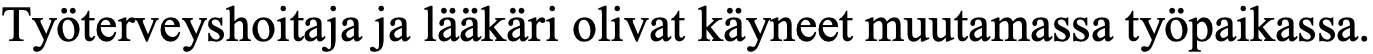
Työterveyshoitaja ja lääkäri olivat käyneet muutamassa työpaikassa.